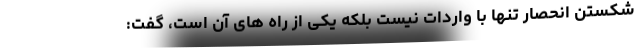
شکستن انحصار تنها با واردات نیست بلکه یکی از راه های آن است، گفت: